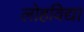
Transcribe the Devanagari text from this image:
लोहविद्या